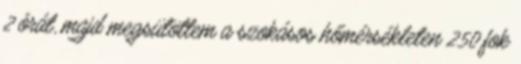
2 órát, majd megsütöttem a szokásos hőmérsékleten 250 fok